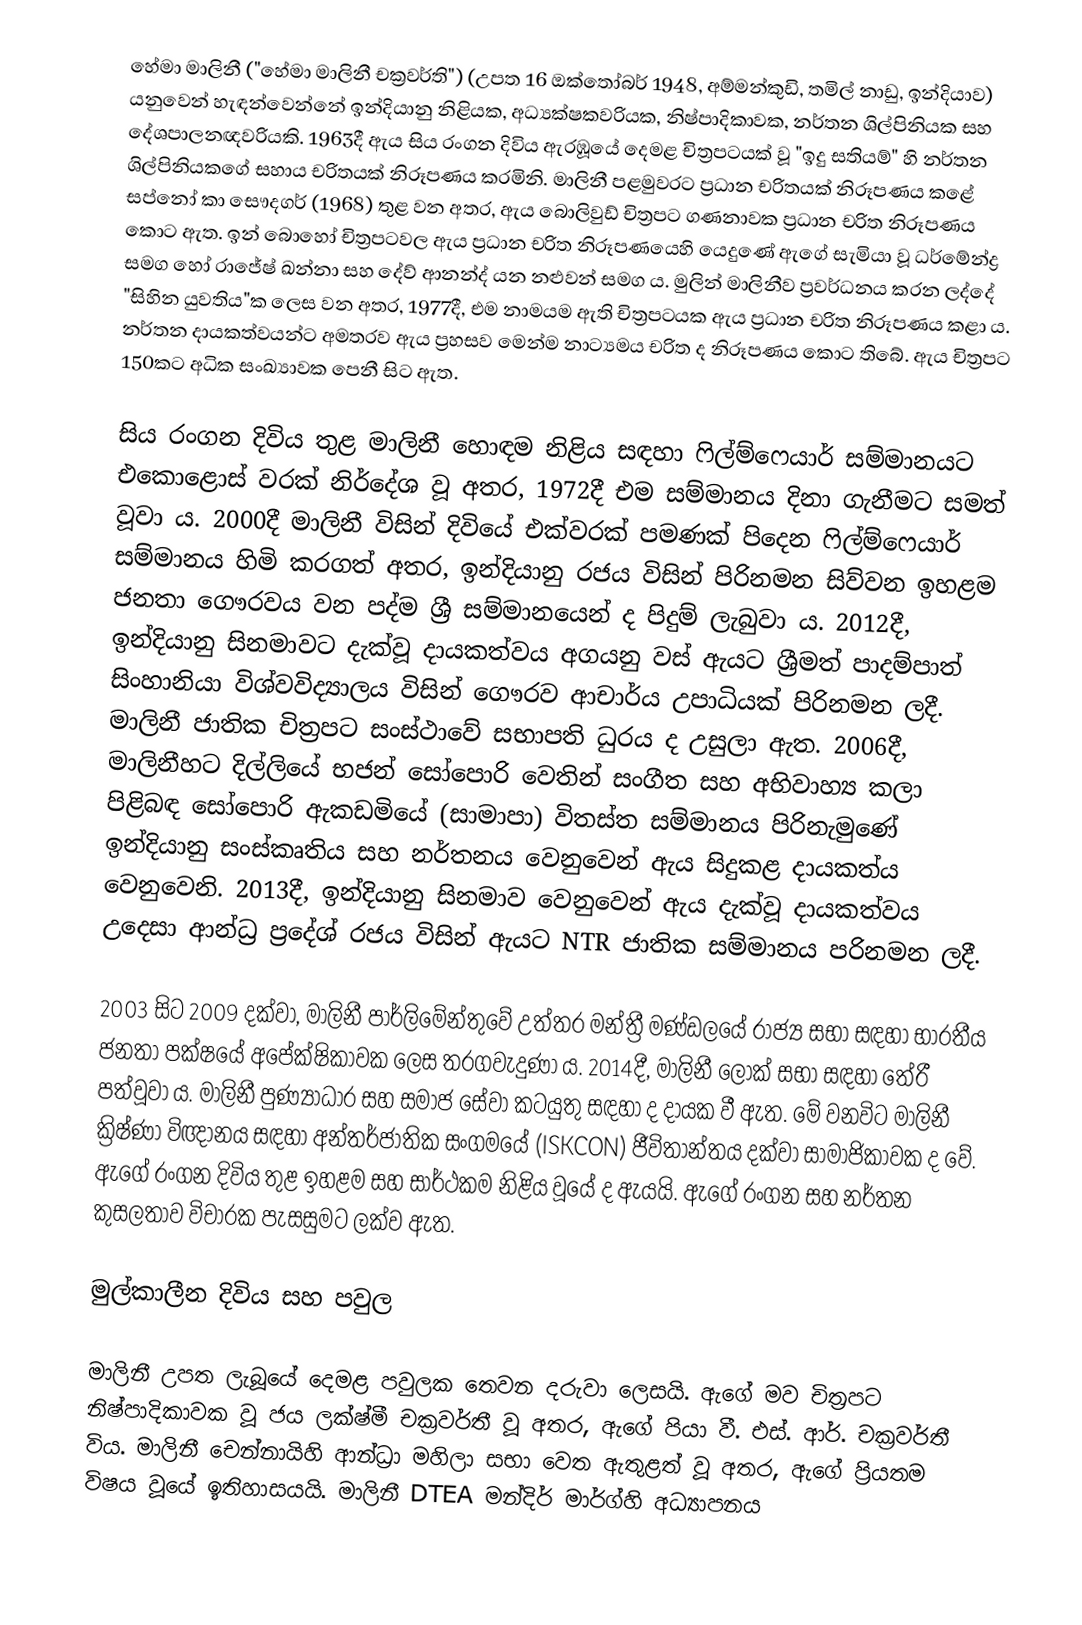
හේමා මාලිනී ("හේමා මාලිනී චක්‍රවර්ති") (උපත 16 ඔක්තෝබර් 1948, අම්මන්කුඩි, තමිල් නාඩු, ඉන්දියාව) යනුවෙන් හැඳන්වෙන්නේ ඉන්දියානු නිළියක, අධ්‍යක්ෂකවරියක, නිෂ්පාදිකාවක, නර්තන ශිල්පිනියක සහ දේශපාලනඥවරියකි. 1963දී ඇය සිය රංගන දිවිය ඇරඹූයේ දෙමළ චිත්‍රපටයක් වූ "ඉදු සතියම්" හි නර්තන ශිල්පිනියකගේ සහාය චරිතයක් නිරූපණය කරමිනි. මාලිනී පළමුවරට ප්‍රධාන චරිතයක් නිරූපණය කළේ සප්නෝ කා සෞදගර් (1968) තුළ වන අතර, ඇය බොලිවුඩ් චිත්‍රපට ගණනාවක ප්‍රධාන චරිත නිරූපණය කොට ඇත. ඉන් බොහෝ චිත්‍රපටවල ඇය ප්‍රධාන චරිත නිරූපණයෙහි යෙදුණේ ඇගේ සැමියා වූ ධර්මේන්ද්‍ර සමග හෝ රාජේෂ් ඛන්නා සහ දේව් ආනන්ද් යන නළුවන් සමග ය. මුලින් මාලිනීව ප්‍රවර්ධනය කරන ලද්දේ "සිහින යුවතිය"ක ලෙස වන අතර, 1977දී, එම නාමයම ඇති චිත්‍රපටයක ඇය ප්‍රධාන චරිත නිරූපණය කළා ය. නර්තන දායකත්වයන්ට අමතරව ඇය ප්‍රහසව මෙන්ම නාට්‍යමය චරිත ද නිරූපණය කොට තිබේ. ඇය චිත්‍රපට 150කට අධික සංඛ්‍යාවක පෙනී සිට ඇත.

සිය රංගන දිවිය තුළ මාලිනී හොඳම නිළිය සඳහා ෆිල්ම්ෆෙයාර් සම්මානයට එකොළොස් වරක් නිර්දේශ වූ අතර, 1972දී එම සම්මානය දිනා ගැනීමට සමත් වූවා ය. 2000දී මාලිනී විසින් දිවියේ එක්වරක් පමණක් පිදෙන ෆිල්ම්ෆෙයාර් සම්මානය හිමි කරගත් අතර, ඉන්දියානු රජ‍ය විසින් පිරිනමන සිව්වන ඉහළම ජනතා ගෞරවය වන පද්ම ශ්‍රී සම්මානයෙන් ද පිදුම් ලැබුවා ය. 2012දී, ඉන්දියානු සිනමාවට දැක්වූ දායකත්වය අගයනු වස් ඇයට ශ්‍රීමත් පාදම්පාත් සිංහානියා විශ්වවිද්‍යාලය විසින් ගෞරව ආචාර්ය උපාධියක් පිරිනමන ලදී. මාලිනී ජාතික චිත්‍රපට සංස්ථාවේ සභාපති ධුරය ද උසුලා ඇත. 2006දී, මාලිනීහට දිල්ලියේ භජන් සෝපොරි වෙතින් සංගීත සහ අභිවාහ්‍ය කලා පිළිබඳ සෝපොරි ඇකඩමියේ (සාමාපා) විතස්ත සම්මානය පිරිනැමුණේ ඉන්දියානු සංස්කෘතිය සහ නර්තනය වෙනුවෙන් ඇය සිදුකළ දායකත්ය වෙනුවෙනි. 2013දී, ඉන්දියානු සිනමාව වෙනුවෙන් ඇය දැක්වූ දායකත්වය උදෙසා ආන්ධ්‍ර ප්‍රදේශ් රජය විසින් ඇයට NTR ජාතික සම්මානය පරිනමන ලදී.

2003 සිට 2009 දක්වා, මාලිනී පාර්ලිමේන්තුවේ උත්තර මන්ත්‍රී මණ්ඩලයේ රාජ්‍ය සභා සඳහා භාරතීය ජනතා පක්ෂයේ අපේක්ෂිකාවක ලෙස තරගවැදුණා ය. 2014දී, මාලිනී ලෝක් සභා සඳහා තේරී පත්වූවා ය. මාලිනී පුණ්‍යාධාර සහ සමාජ සේවා කටයුතු සඳහා ද දායක වී ඇත. මේ වනවිට මාලිනී ක්‍රිෂ්ණා විඥානය සඳහා අන්තර්ජාතික සංගමයේ (ISKCON) ජීවිතාන්තය දක්වා සාමාජිකාවක ද වේ. ඇගේ රංගන දිවිය තුළ ඉහළම සහ සාර්ථකම නිළිය වූයේ ද ඇයයි. ඇගේ රංගන සහ නර්තන කුසලතාව විචාරක පැසසුමට ලක්ව ඇත.

මුල්කාලීන දිවිය සහ පවුල

මාලිනී උපත ලැබූයේ දෙමළ පවුලක තෙවන දරුවා ලෙසයි. ඇගේ මව චිත්‍රපට නිෂ්පාදිකාවක වූ ජය ලක්ෂ්මී චක්‍රවර්තී වූ අතර, ඇගේ පියා වී. එස්. ආර්. චක්‍රවර්තී‍ විය. මාලිනී චෙන්නායිහි ආන්ධ්‍රා මහිලා සභා වෙත ඇතුළත් වූ අතර, ඇගේ ප්‍රියතම විෂය වූයේ ඉතිහාසයයි. මාලිනී DTEA මන්දිර් මාර්ග්හි අධ්‍යාපනය